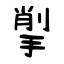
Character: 揱